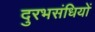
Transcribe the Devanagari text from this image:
दुरभसंधियों